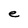
Character: e